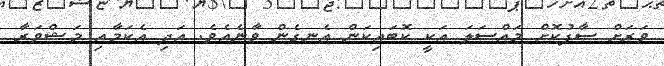
ވަރަށް ސާފުކޮށް މައްސަލަ އަކީ ކޮބައިކަން އެނގެން ވާނެއެވެ. އަދި އެކަމާއި މަޝްވަރާ